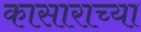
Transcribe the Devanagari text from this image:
कासाराच्या